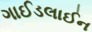
ગાઈડલાઈન